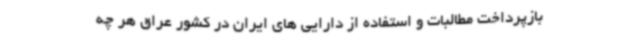
بازپرداخت مطالبات و استفاده از دارایی های ایران در کشور عراق هر چه